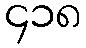
၄၁၈